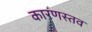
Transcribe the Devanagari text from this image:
कारणस्तव